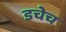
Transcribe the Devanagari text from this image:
डचेच